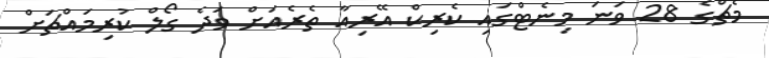
މެޗްގެ 28 ވަނަ މިނެޓްގައި ކެރިކް އޭރިއާ ތެރެއަށް ވަދެ ގޯލް ކުރިމައްޗަށް